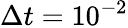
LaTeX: \Delta t=10^{-2}